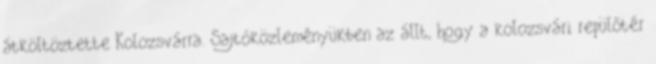
átköltöztette Kolozsvárra. Sajtóközleményükben az állt, hogy a kolozsvári repülőtér